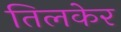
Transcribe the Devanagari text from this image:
तिलकेर